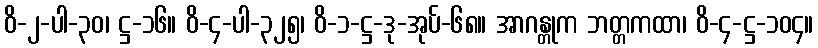
ဝိ-၂-ပါ-၃၀၊ ဋ္ဌ-၁၆။ ဝိ-၄-ပါ-၃၂၅၊ ဝိ-၁-ဋ္ဌ-ဒု-အုပ်-၆၈။ အာဂန္တုက ဘတ္တကထာ၊ ဝိ-၄-ဋ္ဌ-၁၀၄။